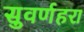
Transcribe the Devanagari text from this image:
सुवर्णहरा